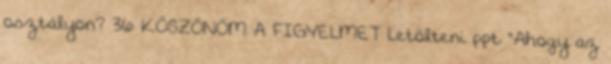
osztályon? 36 KÖSZÖNÖM A FIGYELMET Letölteni ppt "Ahogy az